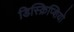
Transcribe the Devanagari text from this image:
डिस्क्रिप्शियो